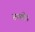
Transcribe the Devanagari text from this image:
रुको।